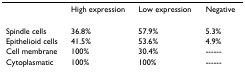
<table><thead><tr><td></td><td><b>High expression</b></td><td><b>Low expression</b></td><td><b>Negative</b></td></tr></thead><tbody><tr><td>Spindle cells</td><td>36.8%</td><td>57.9%</td><td>5.3%</td></tr><tr><td>Epithelioid cells</td><td>41.5%</td><td>53.6%</td><td>4.9%</td></tr><tr><td>Cell membrane</td><td>100%</td><td>30.4%</td><td>------</td></tr><tr><td>Cytoplasmatic</td><td>100%</td><td>100%</td><td>------</td></tr></tbody></table>